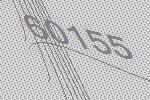
60155